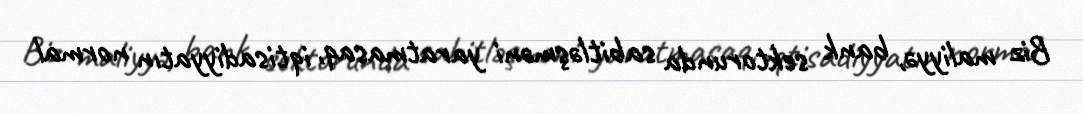
Biz maliyyə, bank sektorunda sabitləşməni yaratmasaq, iqtisadiyyatın normal